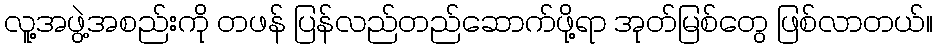
လူ့အဖွဲ့အစည်းကို တဖန် ပြန်လည်တည်ဆောက်ဖို့ရာ အုတ်မြစ်တွေ ဖြစ်လာတယ်။